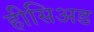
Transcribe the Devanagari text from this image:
हीसिअड